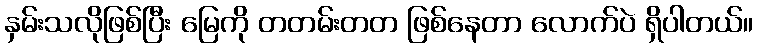
နှမ်းသလိုဖြစ်ပြီး မြေကို တတမ်းတတ ဖြစ်နေတာ လောက်ပဲ ရှိပါတယ်။